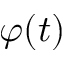
\varphi ( t )